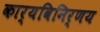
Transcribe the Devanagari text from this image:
कार्यविनिर्णय